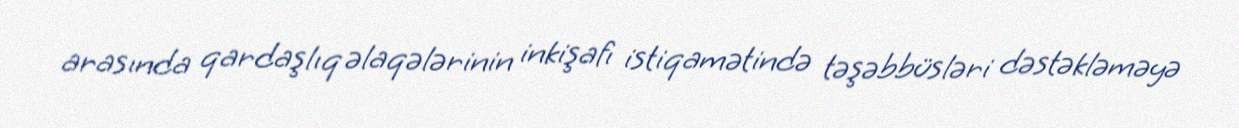
arasında qardaşlıq əlaqələrinin inkişafı istiqamətində təşəbbüsləri dəstəkləməyə